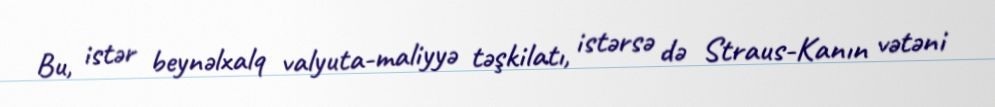
Bu, istər beynəlxalq valyuta-maliyyə təşkilatı, istərsə də Straus-Kanın vətəni